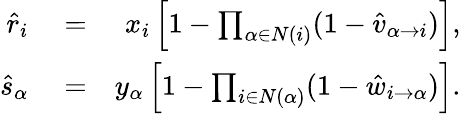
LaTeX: \begin{array}{rlr}{\hat{r}_{i}}&{{}=}&{x_{i}\left[1-\prod_{\alpha\in N(i)}(1-\hat{v}_{\alpha\rightarrow i})\right],}\\ {\hat{s}_{\alpha}}&{{}=}&{y_{\alpha}\left[1-\prod_{i\in N(\alpha)}(1-\hat{w}_{i\rightarrow\alpha})\right].}\end{array}